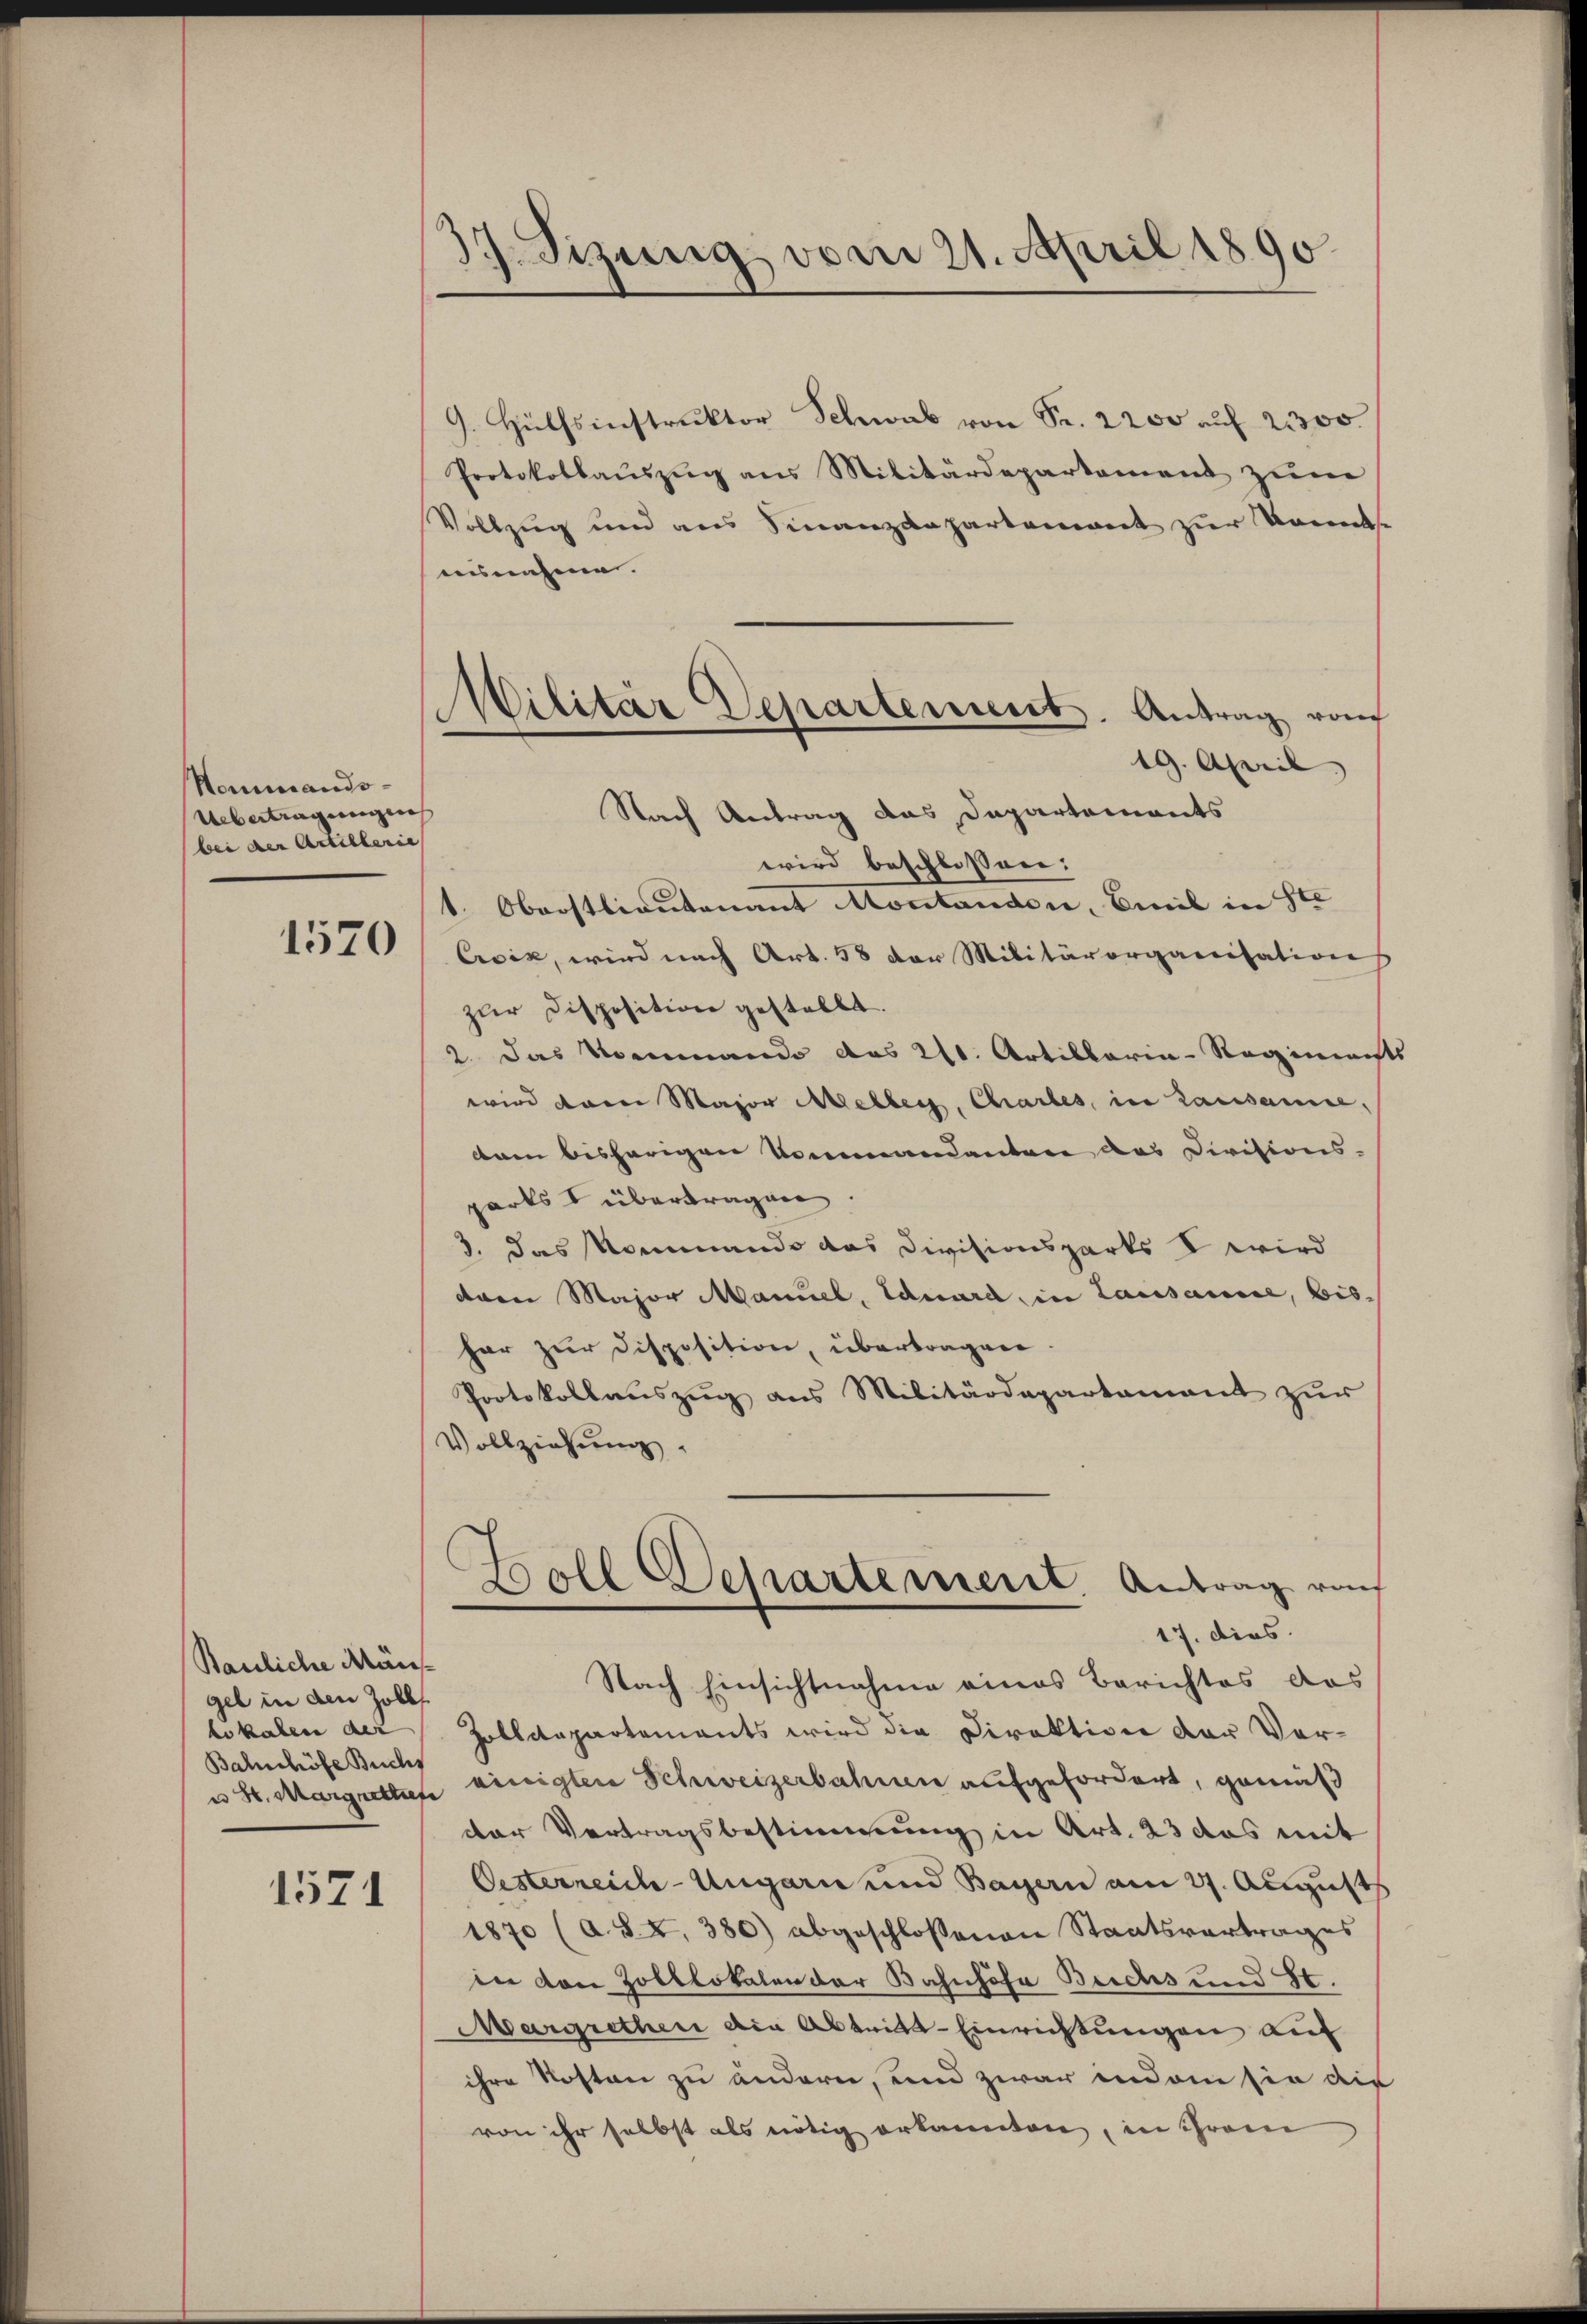
Hommando¬
Übertragunge
bei der Artillerie
1570

Bauliche Mängel in den Zoll
lokalen der
Bahnhöfe Buchs

1571

37. Sizung vom 21. April 1890.

Militär Departement. Antrag vom
Nach Antrag das Dapartements

9. Hülfsinstruktor Schwab von Sr. 2200 auf 2300.
Protokollauszug aus Militärdepartement zum
Vollzug und aus Finanzdepartement zur Konse
usnahme.
19. April
wird beschlossen:
1. Oberstlieutenant Montanden, Emil in St
Cvik, wird nach Art. 58 der Militärorganisation
zur Disposition gestellt.
2. Das Kommando das 20. Artillaria-Regimenst
wird dann Major Meller, Chartes, in Lausanne,
dam bisherigen Kommandanten das Divisions-
parts übertragen.
3. das Nommando das Divisionsparts V wird
dann Major Manuel, Eduard in Lausanne, bis-
har zur Disposition, übertragen
Protokollauszug aus Militärdepartament zur
Vollziehung
Toll Departement. Antrag von
17. dies
Nach Einsichtnahme eines Berichtes das
Zolldepartements wird die Direktion der Vor¬
u St. Margretten einigten Schweizerbahnen aufgefordert, gemäß
der Vertragsbestimmung in Art. 23 das mit
Oesterreich-Ungarn und Bayern am 27. Augusts
1870 (a. §. 4. 380) abgeschlossenen Staatsvertrages
in den Zolllokalen der Bahnhofa Buchs und St.
Margrether die Abtritt-Einrichtungen auf
ihre Kosten zu ändern, und zwar indem sie die
von ihr selbst als nötig erkannten, in ihrem